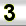
Digit: 3